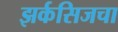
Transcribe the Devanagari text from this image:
झर्कसिजचा